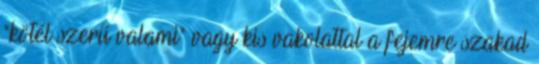
"kötél szerű valami" vagy kis vakolattal a fejemre szakad